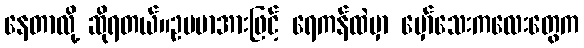
နေတာလို့ ဆိုရတယ်။ဥပမာအားဖြင့် ရေကန်ထဲမှာ မှော်သေးကလေးတွေက